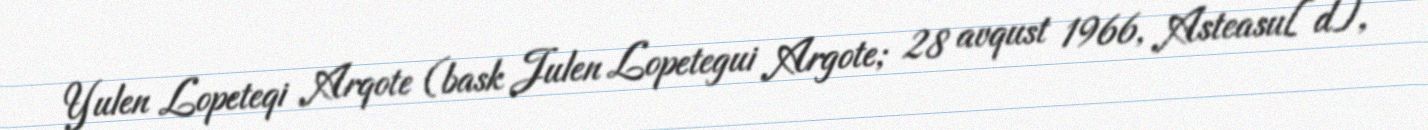
Yulen Lopeteqi Arqote (bask Julen Lopetegui Argote; 28 avqust 1966, Asteasu[d],